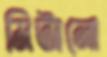
মিটানো